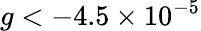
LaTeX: g<-4.5\times 10^{-5}